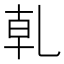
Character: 乹